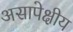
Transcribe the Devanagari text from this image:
असापेक्षीय